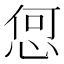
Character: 𢚨